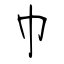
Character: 巾